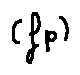
( f _ { p } )